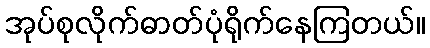
အုပ်စုလိုက်ဓာတ်ပုံရိုက်နေကြတယ်။